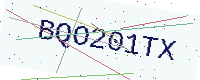
Text: BQO201TX